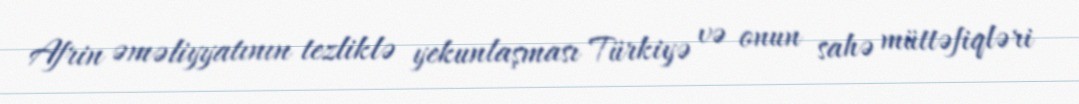
Afrin əməliyyatının tezliklə yekunlaşması Türkiyə və onun sahə müttəfiqləri